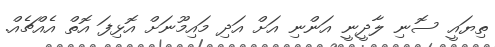
ތިޔައީ ސޮނި ލާދީނީ އަންނި އަށް އަދި މައިމޫނަށް އޮޅިފަ އޮތް އެއްޗެއް.